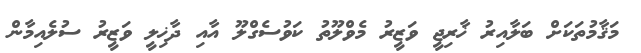
މަޤާމުތަކަށް ބަލާއިރު ޚާރިޖީ ވަޒީރު މެވްލޫތު ކަވުސެގްލޫ އާއި ދާޚިލީ ވަޒީރު ސުލެއިމާން